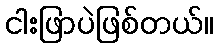
ငါးဖြာပဲဖြစ်တယ်။